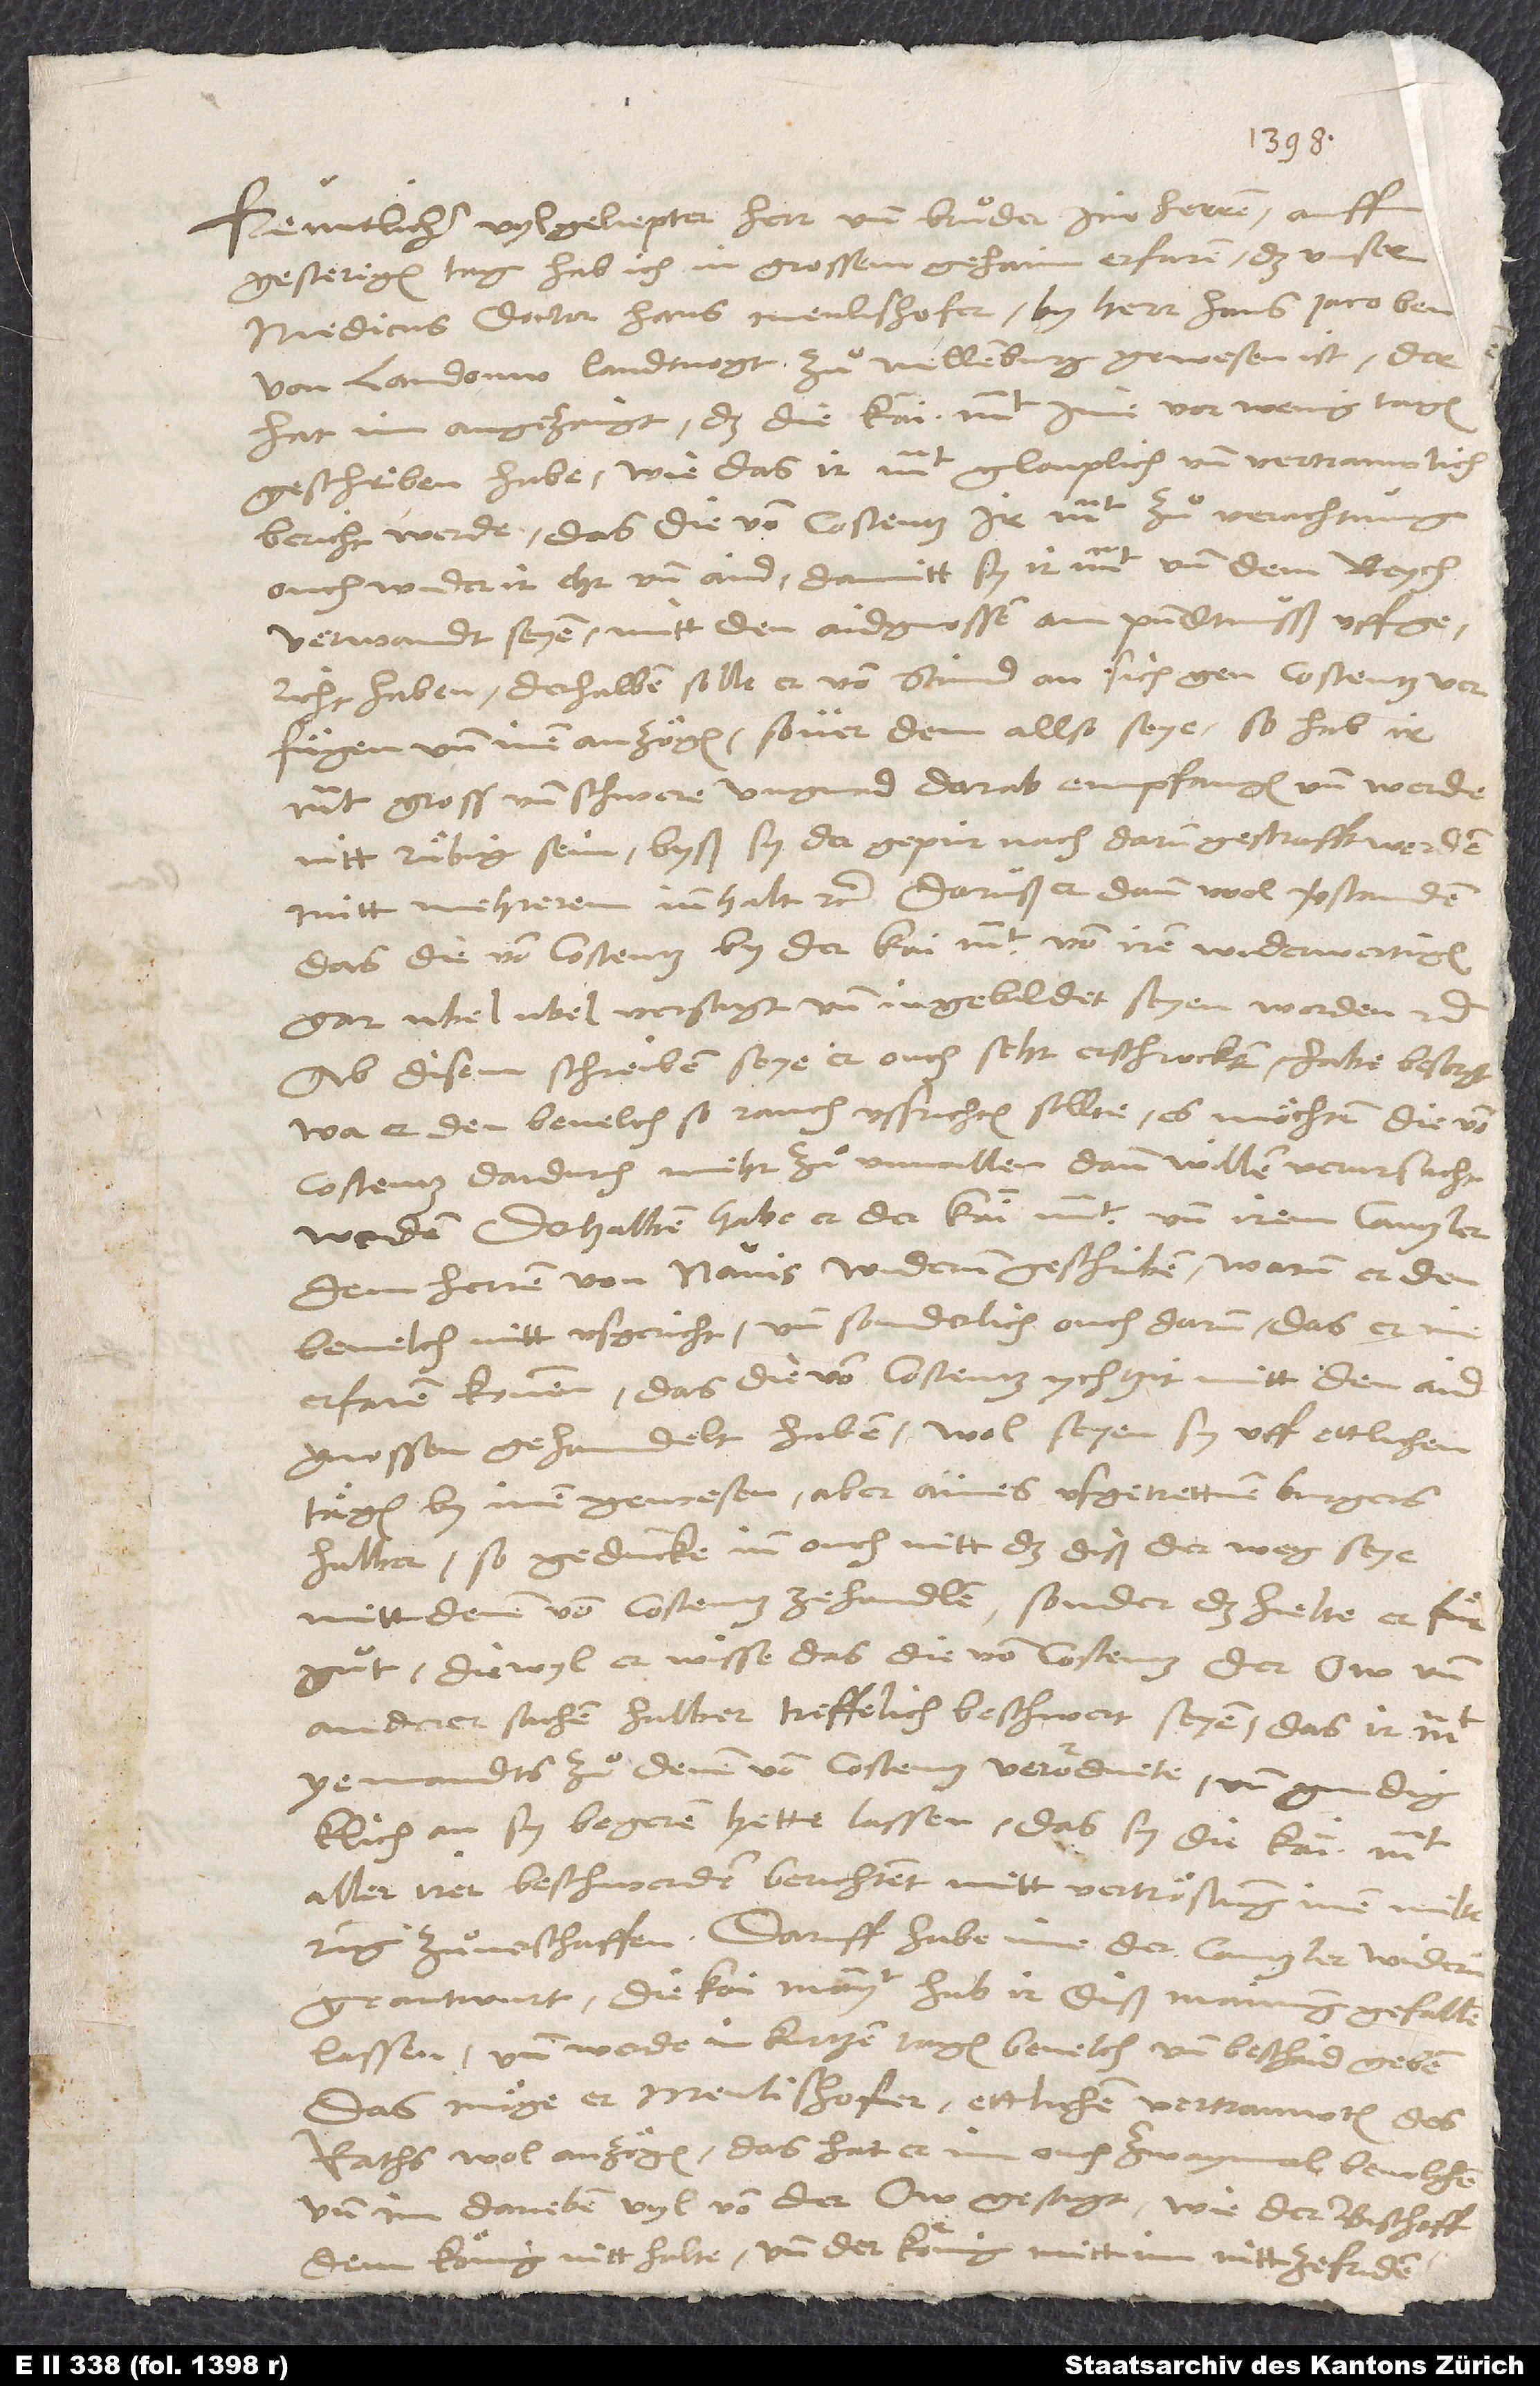
Früntlicher, vylgeliepter herr und bruͦder im herren.
gesterigen tag hab ich in grossem gehaim erfaren, das unser
medicus, doctor Hans Menlishofer, by herr Hans Jacoben
von Landouw, landtvogt zuͦ Nellenburg, gewesen ist. Der
hat im angezaigt, das die kai. mt. ime vor wenig tagen
geschriben habe, wie das ir mt. glouplich und vertrauwlich
bericht werde, das die von Costentz ir mt. zuͦ verachtung,
ouch wider ir ehr und aid, damitt sy ir mt. und dem reych
verwandt seyen, mitt den aidgnossen ain pundtnusß uffgericht
haben; derhalben solle er von stund an sich gen Costentz
verfügen und inen anzögen, sover dem allso seye, so hab ir
gross und schwere ungnad darab empfangen und werde
nitt rübig sein, byß sy der gepür nach darum gestrafft werden,
das die von Costentz by der kai. mt. von iren widerwertigen
gar ubel versagt und ingebildet seyen worden etc.
Ab disem schreiben seye er ouch sehr erschrocken, habe besorgt,
wa er den bevelch so rauch ussrichten sollte, es möchten die von
Costentz dardurch mehr zuͦ unwillen dann willen verursacht
werden. Derhalben habe er der kai. mt. und irem cantzler,
dem herren von Navis, widerum geschriben, warum er den
bevelch nitt usgericht, und sonderlich ouch darum, das er in
erfaren kommen, das die von Costentz ychtzit mitt den
aidgnossen gehandelt haben; wol seyen sy uff ettlichen
tägen by inen gewesen, aber aines usgetrettnen burgers
halber; so geduncke inn auch nitt, das diß der weg seye,
mitt denen von Costentz zehandlen, sonder das hielte er für
guͦt, diewyl er wisse, das die von Costentz der Ow und
anderer sachen halber treffelich beschwert seyen, das ir mt.
yemandts zuͦ denen von Costentz verordnete und gnedigklich
sy begeren hette lassen, das sy die kai. mt.
aller irer beschwerden berichtent, mitt vertröstung, inen milterung
geantwurt, die kai. mayt. hab ir diß mainung gefallen
lassen und werde in kurtzen tagen bevelch und beschaid geben.
Das möge er, Menlishofer, ettlichen vertrauwten des
raths wol anzögen; das hat er im ouch zwaymal bevolchen
und im darneben vyl von der Ow gesagt, wie der bischoff
dem könig nitt halte und der könig mitt im nitt zefriden,